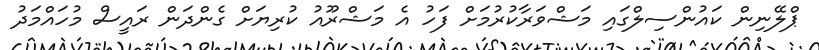
ޕްލޭނިން ކައުންސިލްގައި މަޝްވަރާކުރުމަށް ފަހު އެ މަޝްރޫއު ކުރިޔަށް ގެންދަން ރައީސް މުހައްމަދު